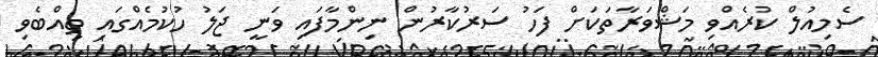
ސެމިއުލް ކުރެއްވި މަޝްވަރާތަކަށް ފަހު ސަރުކާރުން ނިންމާފައި ވަނީ ޖަލު ހުކުމެއްގައި ތިއްބެވި